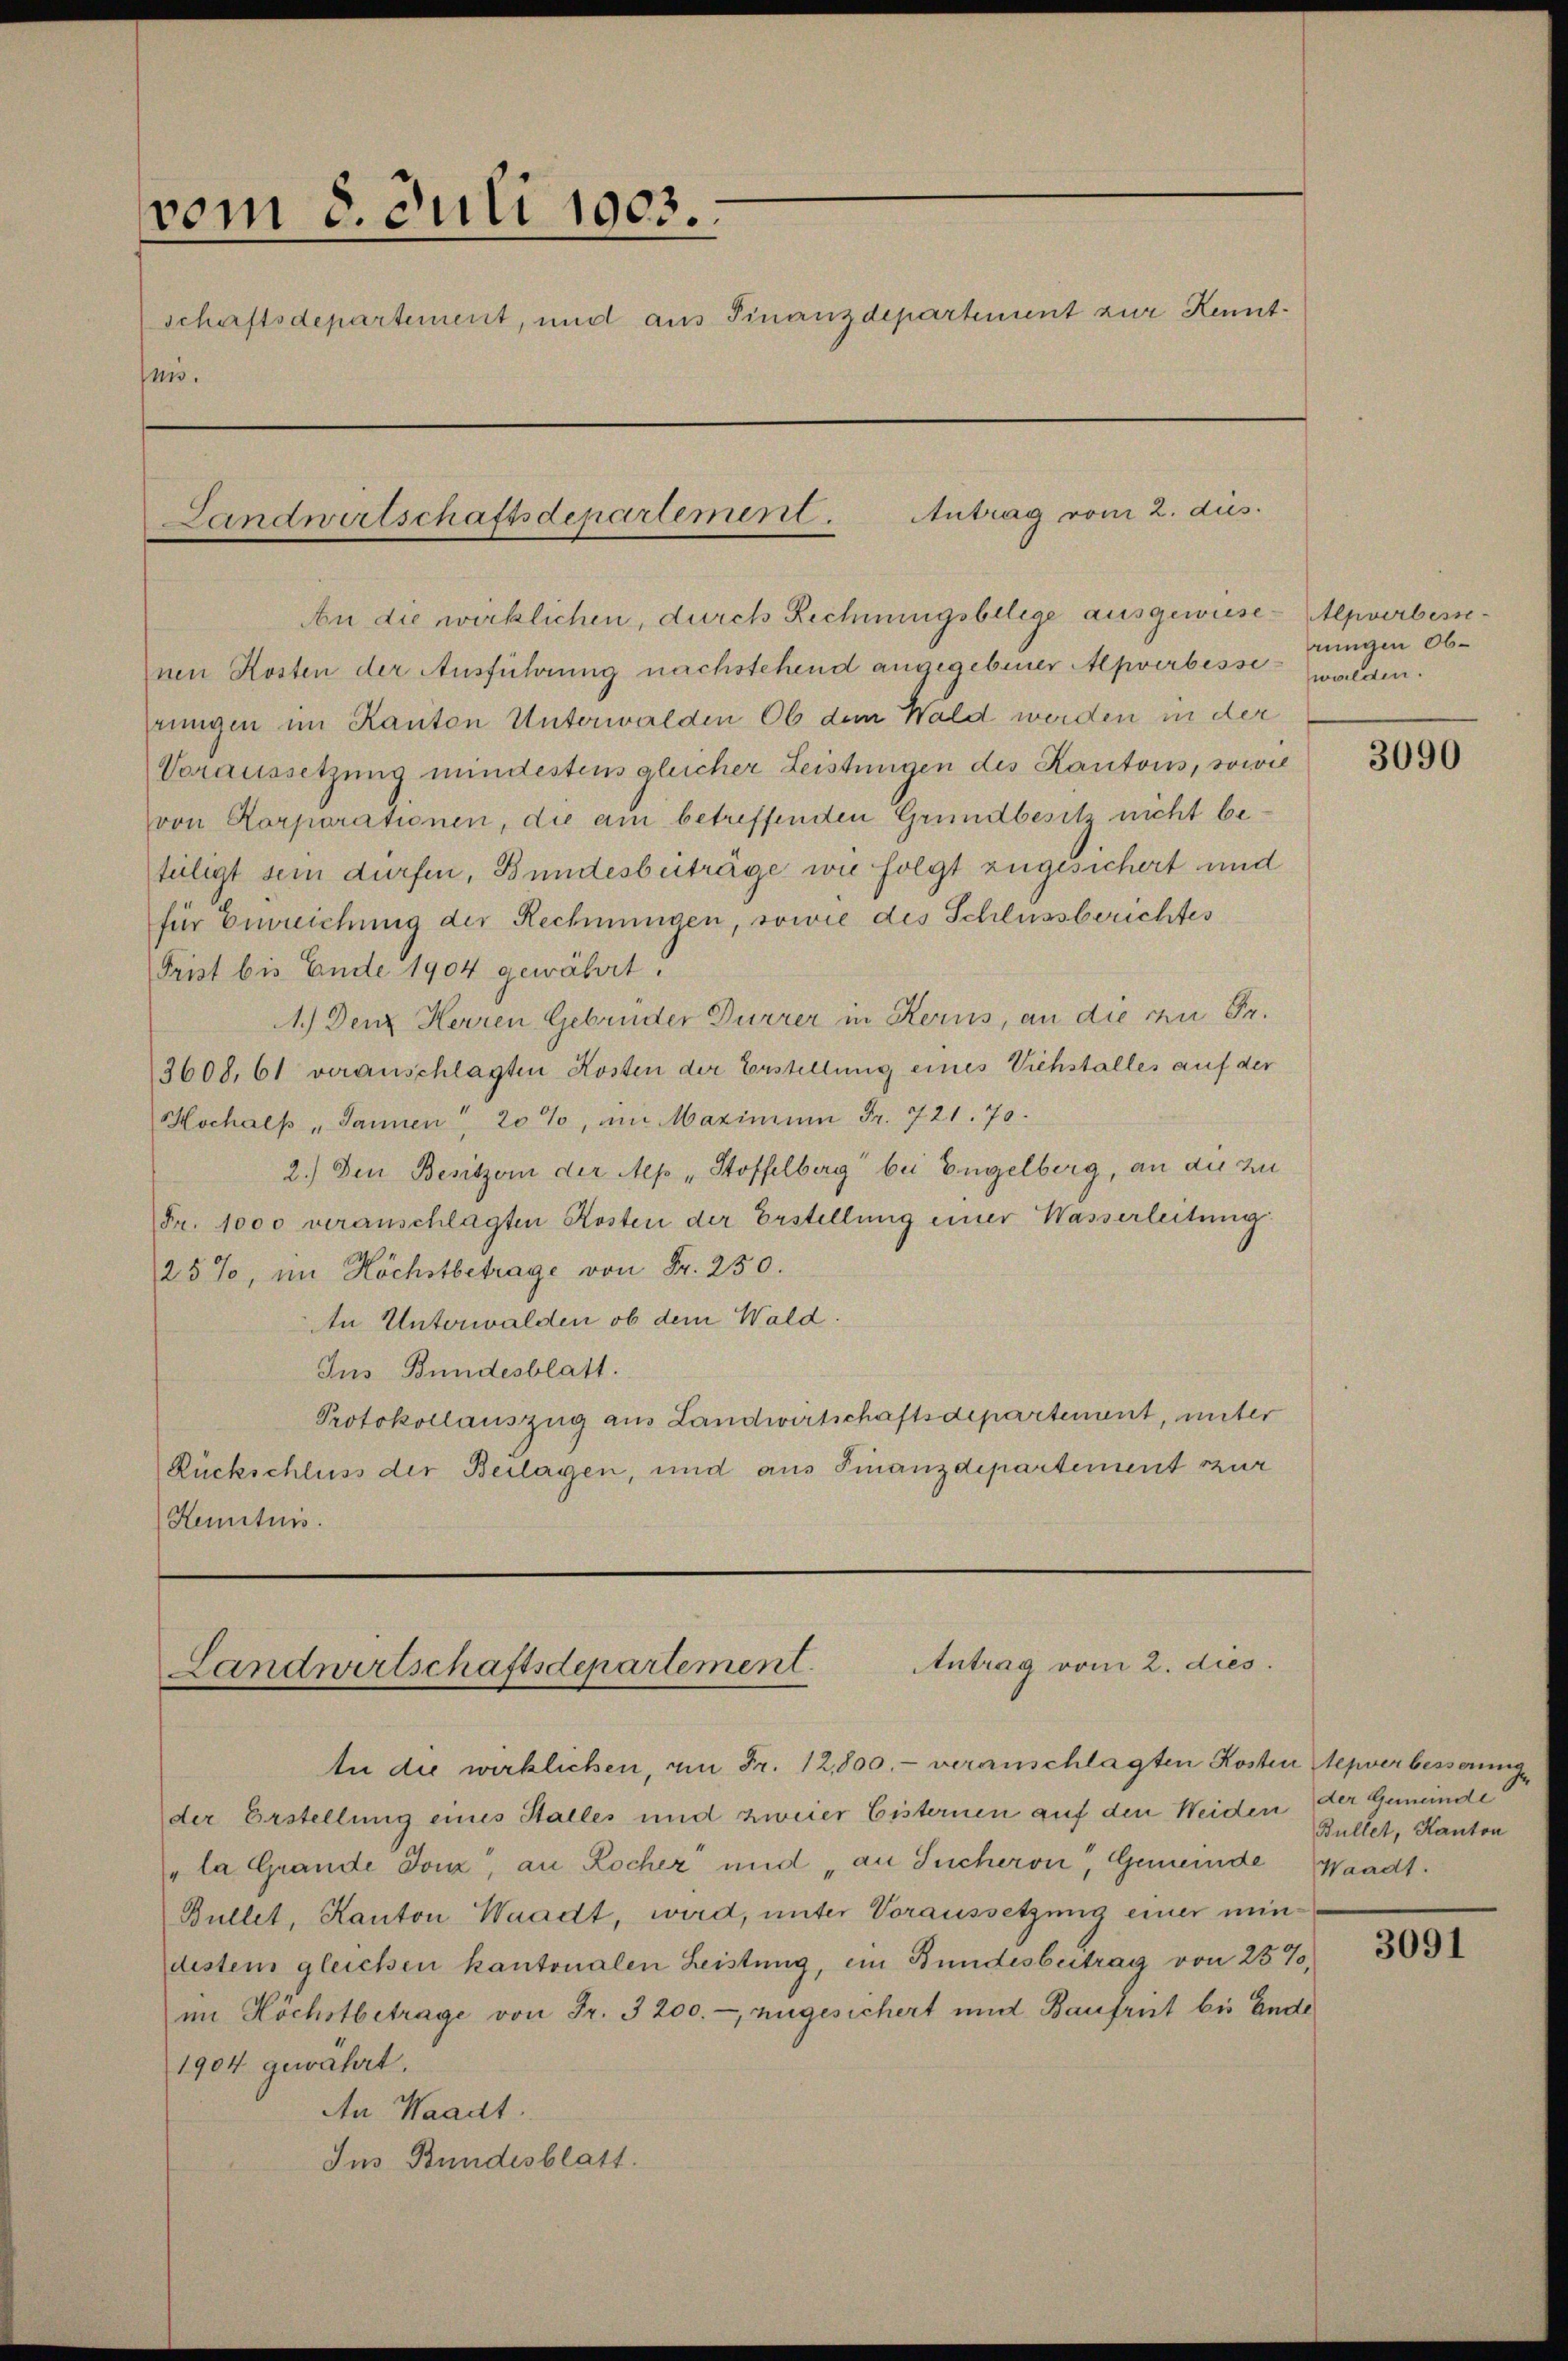
vom 8. Juli 1903.
schaftsdepartement, und aus Finanzdepartement zur Kenntun.

Landwirtschaftsdenartement.

An die wirklichen, durch Rechnungsbelege ausgewiese-pverbessenen Kosten der Ausführung nachstehend angegebener Alpverbesse walden.
rungen im Kanton Unterwalden Ob dem Wald werden in der
Voraussetzung mindestens gleicher Leistungen des Kantons, sowie
von Korporationen, die am betreffenden Grundbesitz nicht beteligt sein dürfen, Bundesbeiträge wie folgt zugesichert und
für Einreichung der Rechnungen, sowie des Schlussberichtes
Frist bis Ende 1904 gewährt.
A.) Denz Herren Gebrüder Dürrer in Kerns, an die zu Fr.
3608, 61 veranschlagten Kosten der Erstellung eines Viehstalles auf der
Hochalp „Jannen" 20%, am Maximum Fr. 721. 70.
2.) Den Besitzern der Mep „Stoffelberg“ bei Engelberg, an die zu
Fr. 1000 veranschlagten Kosten der Erstellung einer Wasserleitung
25%, im Höchstbetrage von Fr. 250.
An Unterwalden ob dem Wald.
Ins Bundesblatt.
Protokollauszug aus Landwirtschaftsdepartement, unter
Rückschluss der Beilagen, und aus Finanzdepartement zur
Heniturs.

Antrag vom 2. dus.
e

Antrag vom 2. dies.
Landwirtschaftsdepartement.

An die wirklichen, am Fr. 12,000.- veranschlagten Kosten Aepverbesserungs
der Erstellung eines Stalles und zweier Eisternen auf den Weiden der Gemeinde
"la Grande Jonz, an Rocher und „an Sucheron, Gemeinde Waadt.
Bullet, Kanton Waadt, wird, unter Voraussetzung einer mindestem gleichen kantonalen Leistung, ein Bundesbeitrag von 25%,
im Höchstbetrage von Fr. 3200.- zugesichert und Baufrut bis Ende
1904 gewährt.
An Waadt.
Ins Bundesblatt.

rungen Ob¬

3090

Bullet, Kanton

3091